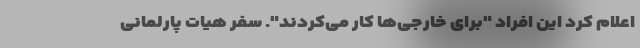
اعلام کرد این افراد "برای خارجی‌ها کار می‌کردند". سفر هیات پارلمانی